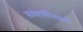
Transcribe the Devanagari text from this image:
सर्वशक्तीशाली